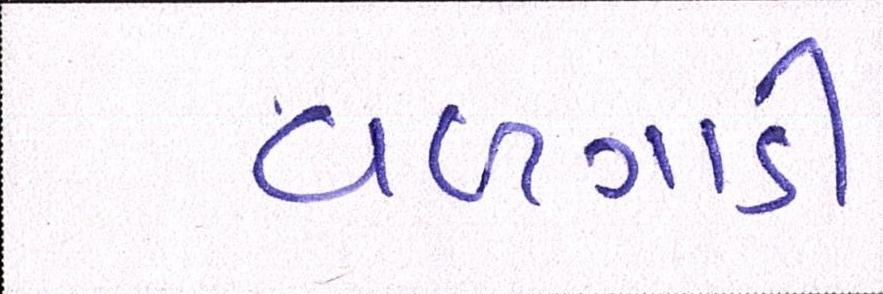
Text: વળગાડી